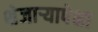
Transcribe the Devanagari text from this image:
शेजाऱ्यापेक्षा